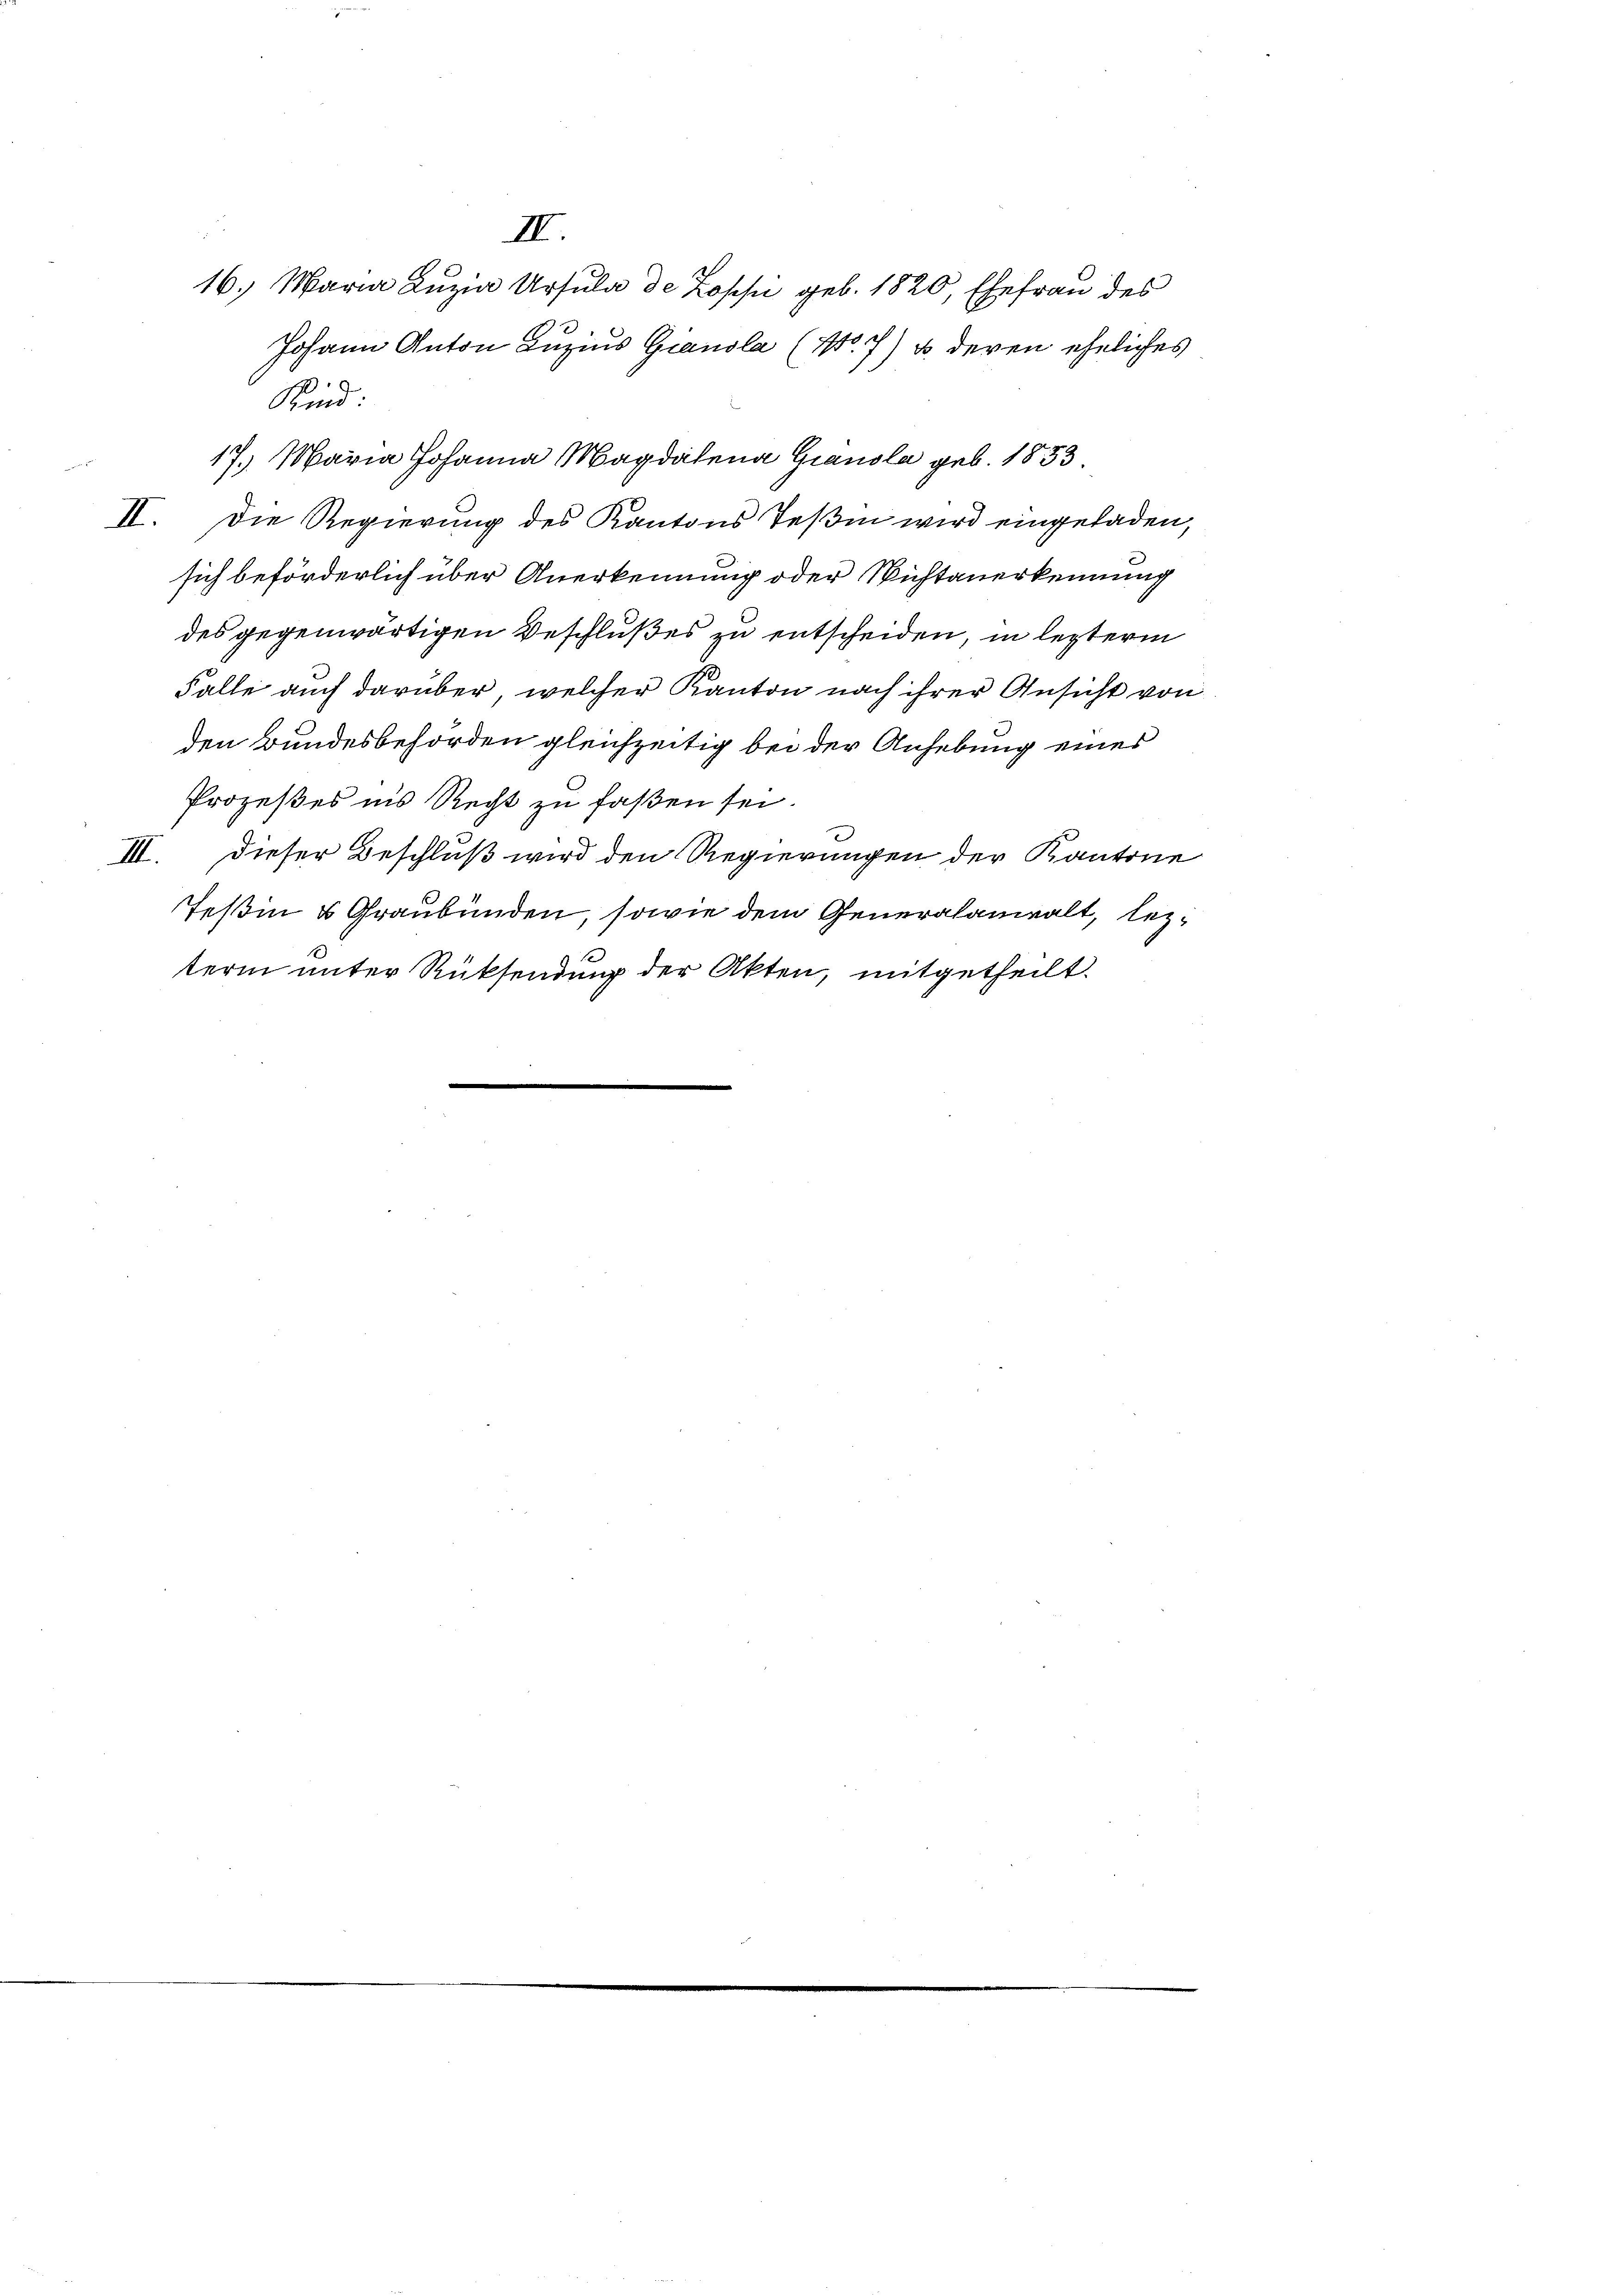
¬

Johann Anton Luzius Giausla (N. 7) u. deren eheliches
Kind:
17. Maria Johanna Magdalena Grausla geb. 1853.
II. Die Regierung des Kantons Teßin wird eingeladen,
sich beförderlich über Anerkennung oder Wichtanerkennung
des gegenwärtigen Beschlußes zu entscheiden, in lezterm
Falle auch darüber, welcher Kanton nach ihrer Ansicht von
den Bundesbehörden gleichzeitig bei der Anhebung eines
Prozeßes ins Recht zu faßen sei.
III. Dieser Beschluß wird den Regierungen der Kantone
Teßin u Graubünden, sowie dem Generalaniealt, lezterm unter Rücksendung der Akten, mitgetheilt.

16. Maria Luzia Ursula de Zopsi geb. 1820, Ehefrau des

II.